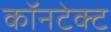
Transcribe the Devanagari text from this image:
कॉनटेक्ट